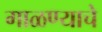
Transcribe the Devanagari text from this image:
गाळण्याचे